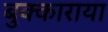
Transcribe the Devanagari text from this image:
बुक्काराया